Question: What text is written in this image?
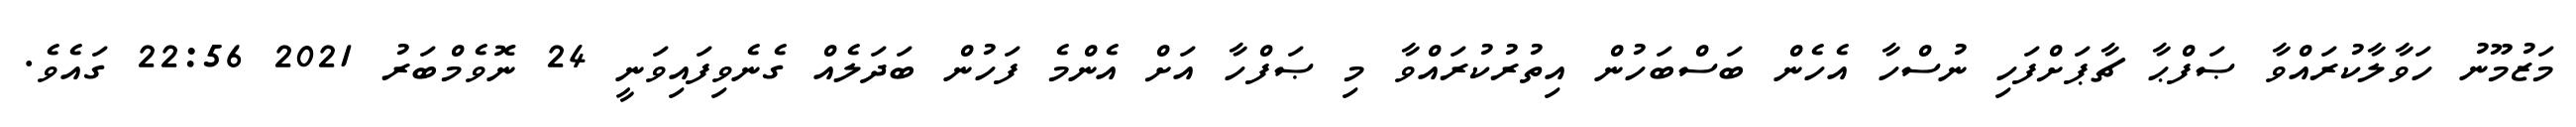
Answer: މަޒުމޫނު ހަވާލާކުރައްވާ ޞަފްޙާ ޗާޕަށްފަހި ނުސްހާ އެހެން ބަސްބަހުން އިތުރުކުރައްވާ މި ޞަފްހާ އަށް އެންމެ ފަހުން ބަދަލެއް ގެނެވިފައިވަނީ 24 ނޮވެމްބަރު 2021 22:56 ގައެވެ.